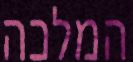
המלכה